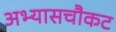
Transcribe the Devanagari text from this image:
अभ्यासचौकट